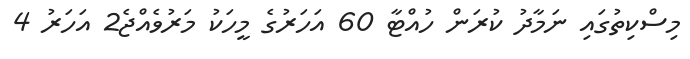
މިސްކިތުގައި ނަމާދު ކުރަން ހުއްޓާ 60 އަހަރުގެ މީހަކު މަރުވެއްޖެ2 އަހަރު 4